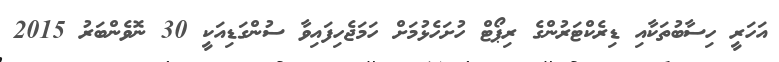
އަހަރީ ހިސާބުތަކާއި ޑިރެކްޓަރުންގެ ރިޕޯޓް ހުށަހެޅުމަށް ހަމަޖެހިފައިވާ ސުންގަޑިއަކީ 30 ނޮވެންބަރު 2015